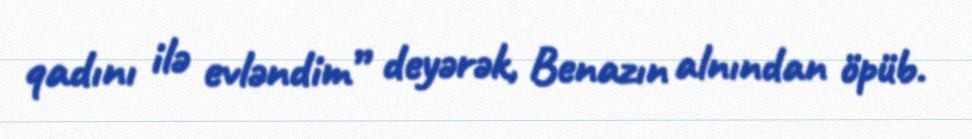
qadını ilə evləndim” deyərək, Benazın alnından öpüb.